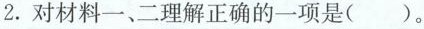
2.对材料一、二理解正确的一项是()。